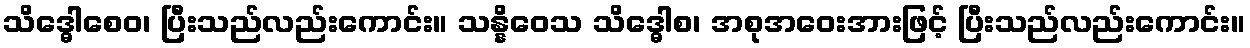
သိဒ္ဓေါစေဝ၊ ပြီးသည်လည်းကောင်း။ သန္နိဝေသ သိဒ္ဓေါစ၊ အစုအဝေးအားဖြင့် ပြီးသည်လည်းကောင်း။